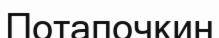
Потапочкин